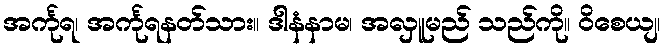
အင်္ကုရ၊ အင်္ကုရနတ်သား။ ဒါနံနာမ၊ အလှူမည် သည်ကို။ ဝိစေယျ၊